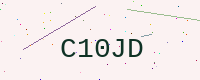
Text: C10JD